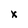
Character: x